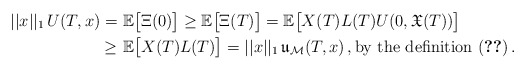
\begin{align*} ||x||_1\, U(T,x)= &\ \mathbb{E}\big[ \Xi(0)\big] \ge \mathbb{E}\big[ \Xi(T)\big] =\mathbb{E}\big[X(T)L(T)U(0,\mathfrak{X}(T))\big] \\ \ge &\ \mathbb{E}\big[X(T)L(T)\big] = ||x||_1\, \mathfrak{u}_{\mathcal{M}}(T,x)\,,\mathrm{by\ the\ definition}\ \eqref{eq:um}\,.\end{align*}